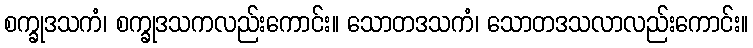
စက္ခုဒသကံ၊ စက္ခုဒသကလည်းကောင်း။ သောတဒသကံ၊ သောတဒသလာလည်းကောင်း။